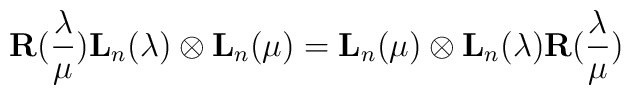
{\bf R} (\frac{\lambda}{\mu}) {\bf L}_n (\lambda) \otimes {\bf L}_n (\mu) = {\bf L}_n (\mu) \otimes {\bf L}_n (\lambda)  {\bf R} (\frac{\lambda}{\mu})